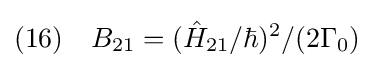
(16)\quad B_{21}=({\hat {H}}_{21}/\hbar )^{2}/(2\Gamma _{0})